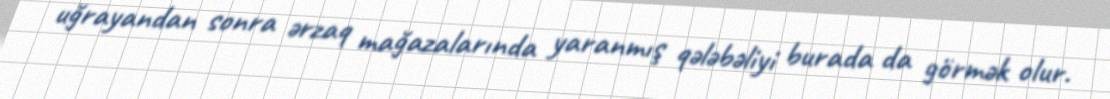
uğrayandan sonra ərzaq mağazalarında yaranmış qələbəliyi burada da görmək olur.